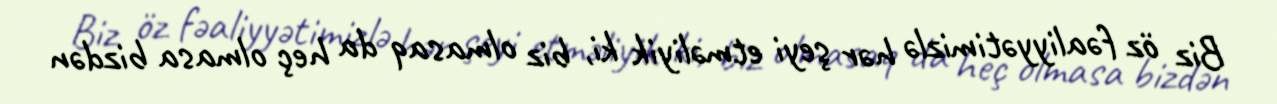
Biz öz fəaliyyətimizlə hər şeyi etməliyik ki, biz olmasaq da heç olmasa bizdən